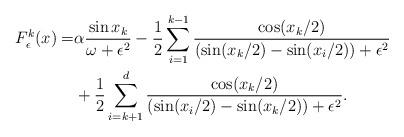
LaTeX: \begin{align*} F_\epsilon^k(x) = &\alpha \frac{\sin x_k}{\omega + \epsilon^2} - \frac{1}{2}\sum_{i=1}^{k-1} \frac{\cos(x_k/2)}{(\sin(x_k/2)-\sin(x_i/2)) +\epsilon^2}\\ &+ \frac{1}{2} \sum_{i=k+1}^d \frac{\cos(x_k/2)}{ (\sin(x_i/2)-\sin(x_k/2)) + \epsilon^2}. \end{align*}